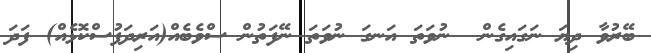
ބޭރުވާ ދިޔަ ނަގައިގެން  ނުވަތަ އަނގަ ނުވަތަ ނޭފަތުން ސްވެބެއް(އަރިދަފުސްކޮޅެއް) ފަދަ